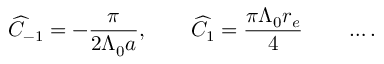
\widehat C _ { - 1 } = - { \frac { \pi } { 2 \Lambda _ { 0 } a } } , \qquad \widehat C _ { 1 } = { \frac { \pi \Lambda _ { 0 } r _ { e } } { 4 } } \qquad \ldots .